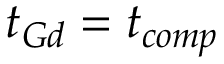
t _ { G d } = t _ { c o m p }